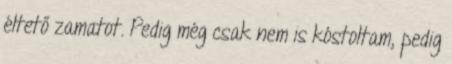
éltető zamatot. Pedig még csak nem is kóstoltam, pedig